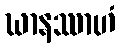
ဃာနဿာဟံ